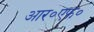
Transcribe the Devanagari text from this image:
आर॰एफ॰